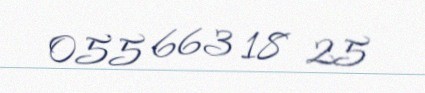
055 663 18 25